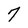
Character: 7